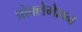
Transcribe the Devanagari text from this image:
प्रोक्लेमेशन